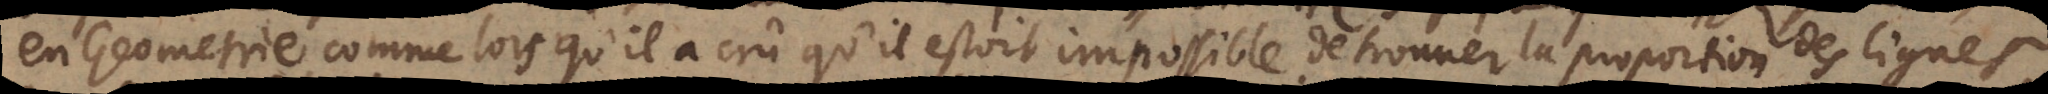
en Geometrie, comme lors qu’il a prononcé qu’il estoit impossible de trouver la proportion des lignes